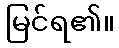
မြင်ရ၏။